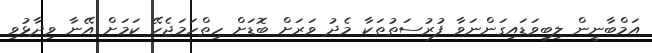
އަމްބާނީން ލިބިވަޑައިގަންނަވާ ފުރުސަތުތަކާ މެދު ވަރަށް ބޮޑަށް ހިތްހަމަޖެހޭ ކަމަށް އޭނާ ވިދާޅުވި